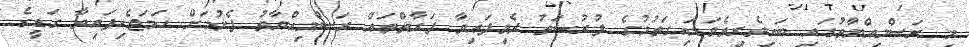
މި ރަސްމިއްޔާތުގައި ބައިވެރިވެވަޑައިގަތުމުގެ ފުރުޞަތު ދެވިފައިވާ ފަރާތްތައް ރަސްމިއްޔާތު ފެށުމަށް ހަމަޖެހިފައިވާ ގަޑީގެ